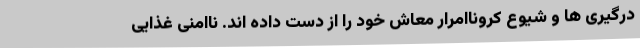
درگیری ها و شیوع کروناامرار معاش خود را از دست داده اند. ناامنی غذایی